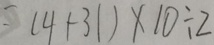
= ( 4 1 - 3 1 ) \times 1 0 \div 2